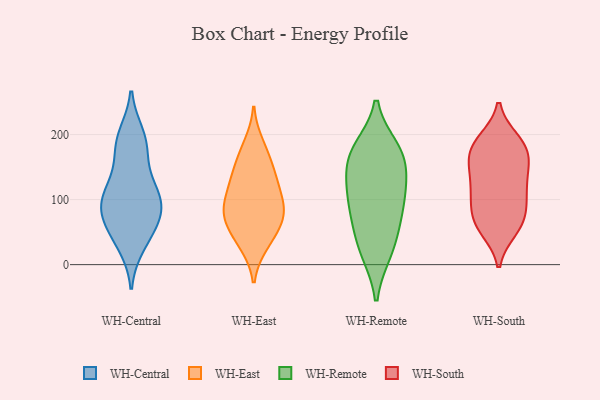
{"axis": {"x": "Humidity (%)", "y": "Value"}, "legend": ["WH-Central", "WH-East", "WH-Remote", "WH-South"], "data": [{"x": "", "y": 38, "type": "WH-Central"}, {"x": "", "y": 179, "type": "WH-Central"}, {"x": "", "y": 123, "type": "WH-Central"}, {"x": "", "y": 91, "type": "WH-Central"}, {"x": "", "y": 103, "type": "WH-Central"}, {"x": "", "y": 68, "type": "WH-Central"}, {"x": "", "y": 66, "type": "WH-Central"}, {"x": "", "y": 100, "type": "WH-Central"}, {"x": "", "y": 199, "type": "WH-Central"}, {"x": "", "y": 30, "type": "WH-Central"}, {"x": "", "y": 168, "type": "WH-Central"}, {"x": "", "y": 118, "type": "WH-Central"}, {"x": "", "y": 195, "type": "WH-Central"}, {"x": "", "y": 94, "type": "WH-Central"}, {"x": "", "y": 66, "type": "WH-Central"}, {"x": "", "y": 126, "type": "WH-East"}, {"x": "", "y": 65, "type": "WH-East"}, {"x": "", "y": 185, "type": "WH-East"}, {"x": "", "y": 120, "type": "WH-East"}, {"x": "", "y": 93, "type": "WH-East"}, {"x": "", "y": 138, "type": "WH-East"}, {"x": "", "y": 170, "type": "WH-East"}, {"x": "", "y": 77, "type": "WH-East"}, {"x": "", "y": 33, "type": "WH-East"}, {"x": "", "y": 57, "type": "WH-East"}, {"x": "", "y": 31, "type": "WH-East"}, {"x": "", "y": 89, "type": "WH-East"}, {"x": "", "y": 71, "type": "WH-East"}, {"x": "", "y": 96, "type": "WH-East"}, {"x": "", "y": 149, "type": "WH-East"}, {"x": "", "y": 20, "type": "WH-Remote"}, {"x": "", "y": 67, "type": "WH-Remote"}, {"x": "", "y": 174, "type": "WH-Remote"}, {"x": "", "y": 128, "type": "WH-Remote"}, {"x": "", "y": 106, "type": "WH-Remote"}, {"x": "", "y": 163, "type": "WH-Remote"}, {"x": "", "y": 167, "type": "WH-Remote"}, {"x": "", "y": 120, "type": "WH-Remote"}, {"x": "", "y": 19, "type": "WH-Remote"}, {"x": "", "y": 178, "type": "WH-Remote"}, {"x": "", "y": 93, "type": "WH-Remote"}, {"x": "", "y": 59, "type": "WH-Remote"}, {"x": "", "y": 151, "type": "WH-South"}, {"x": "", "y": 150, "type": "WH-South"}, {"x": "", "y": 94, "type": "WH-South"}, {"x": "", "y": 187, "type": "WH-South"}, {"x": "", "y": 187, "type": "WH-South"}, {"x": "", "y": 117, "type": "WH-South"}, {"x": "", "y": 181, "type": "WH-South"}, {"x": "", "y": 165, "type": "WH-South"}, {"x": "", "y": 191, "type": "WH-South"}, {"x": "", "y": 101, "type": "WH-South"}, {"x": "", "y": 125, "type": "WH-South"}, {"x": "", "y": 54, "type": "WH-South"}, {"x": "", "y": 68, "type": "WH-South"}, {"x": "", "y": 56, "type": "WH-South"}, {"x": "", "y": 80, "type": "WH-South"}, {"x": "", "y": 62, "type": "WH-South"}, {"x": "", "y": 118, "type": "WH-South"}, {"x": "", "y": 161, "type": "WH-South"}]}